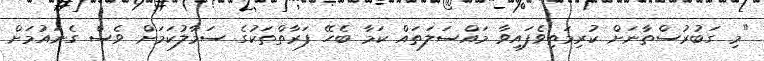
"މި ގަބުރުސްތާނަށް ކުރިމަތިވެފައިވާ މައްސަލަތައް ކަމާ ބެހޭ ފަރާތްތަކުގެ ސަމާލުކަމަށް ވެސް ގެނައުމަށް